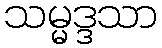
သမ္မဒ္ဒသာ